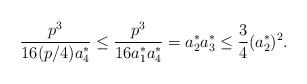
LaTeX: \begin{align*} \frac{p^{3}}{16 (p/4) a_{4}^{*}}\leq \frac{p^{3}}{16 a_{1}^{*} a_{4}^{*}} = a_{2}^{*} a_{3}^{*} \leq \frac{3}{4} (a_{2}^{*})^{2}.\end{align*}